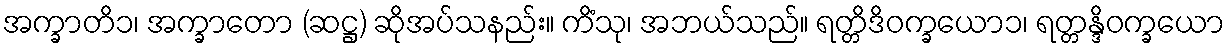
အက္ခာတိ၁၊ အက္ခာတော (ဆဋ္ဌ) ဆိုအပ်သနည်း။ ကိံသု၊ အဘယ်သည်။ ရတ္တိဒိဝက္ခယော၁၊ ရတ္တန္ဒိဝက္ခယော